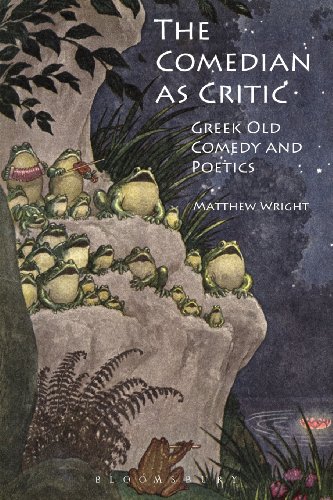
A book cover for The Comedian as Critic: Greek Old Comedy and Poetics; Matthew Wright; Humor & Entertainment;